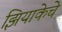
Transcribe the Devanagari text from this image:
झियाकेचे